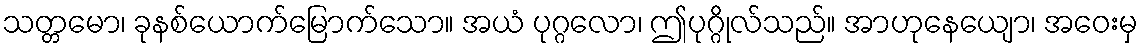
သတ္တမော၊ ခုနစ်ယောက်မြောက်သော။ အယံ ပုဂ္ဂလော၊ ဤပုဂ္ဂိုလ်သည်။ အာဟုနေယျော၊ အဝေးမှ